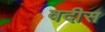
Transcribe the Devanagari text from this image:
वदीस